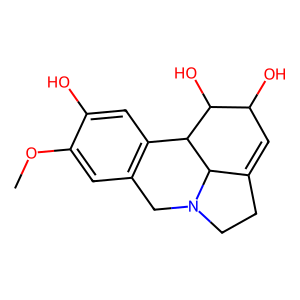
SMILES: COc1cc2c(cc1O)C1C(O)C(O)C=C3CCN(C2)C31
Inhibits HIV replication: No